Civil Veterinary Department. Madras. Admin. report 1926-33 - 1926-1933
Year: 1926
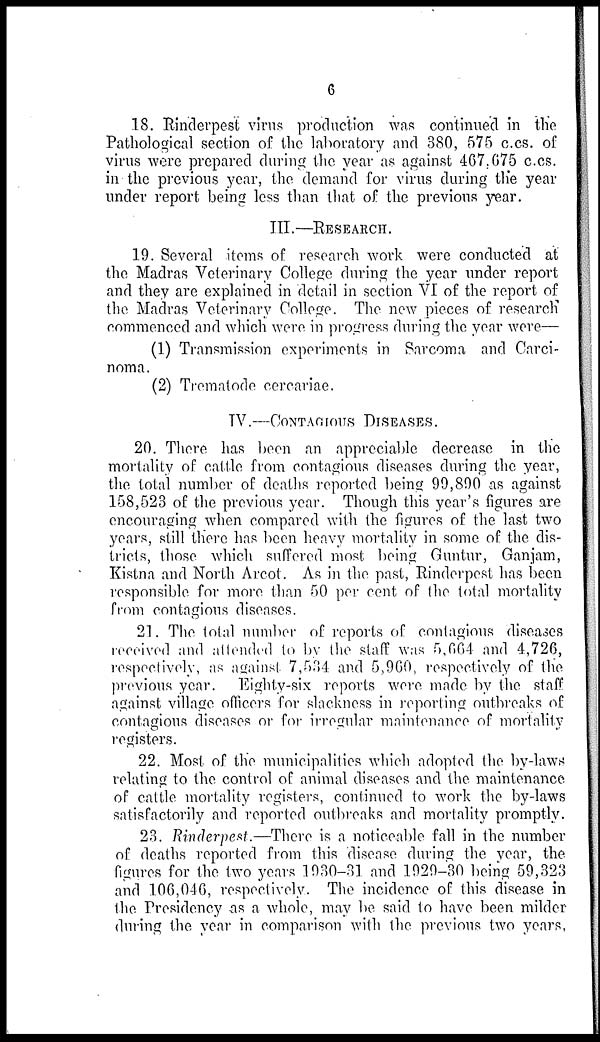
6
18. Rinderpest virus production was continued in the
Pathological section of the laboratory and 380, 575 c.cs. of
virus were prepared during the year as against 467,675 c.cs.
in the previous year, the demand for virus during the year
under report being less than that of the previous year.
III.—RESEARCH.
19. Several items of research work were conducted at
the Madras Veterinary College during the year under report
and they are explained in detail in section VI of the report of
the Madras Veterinary College. The new pieces of research
commenced and which were in progress during the year were—
(1) Transmission experiments in Sarcoma and Carci-
noma.
(2) Trematode cercariae.
IV.—CONTAGIOUS DISEASES.
20. There has been an appreciable decrease in the
mortality of cattle from contagious diseases during the year,
the total number of deaths reported being 99,890 as against
158,523 of the previous year. Though this year's figures are
encouraging when compared with the figures of the last two
years, still there has been heavy mortality in some of the dis-
tricts, those which suffered most being Guntur, Ganjam,
Kistna and North Arcot. As in the past, Rinderpest has been
responsible for more than 50 per cent of the total mortality
from contagious diseases.
21. The total number of reports of contagious diseases
received and attended to by the staff was 5,664 and 4,726,
respectively, as against 7,534 and 5,960, respectively of the
previous year. Eighty-six reports were made by the staff
against village officers for slackness in reporting outbreaks of
contagious diseases or for irregular maintenance of mortality
registers.
22. Most of the municipalities which adopted the by-laws
relating to the control of animal diseases and the maintenance
of cattle mortality registers, continued to work the by-laws
satisfactorily and reported outbreaks and mortality promptly.
23. Rinderpest.—There is a noticeable fall in the number
of deaths reported from this disease during the year, the
figures for the two years 1930-31 and 1929-30 being 59,323
and 106,046, respectively. The incidence of this disease in
the Presidency as a whole, may be said to have been milder
during the year in comparison with the previous two years,